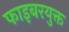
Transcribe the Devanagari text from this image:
फाइबरयुक्त